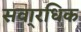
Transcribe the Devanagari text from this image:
सवा्रधिक